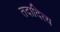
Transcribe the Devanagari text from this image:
तदादित्य